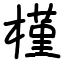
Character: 槿